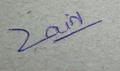
Signature authenticity: genuine